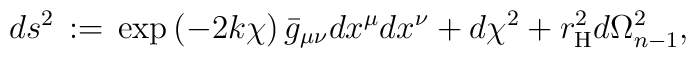
ds^2\, := \, \exp\left(-2k\chi\right)\bar{g}_{\mu\nu}dx^\mu dx^\nu            +d\chi^2+r_{\rm H}^2 d\Omega_{n-1}^2,